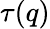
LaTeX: \tau(q)